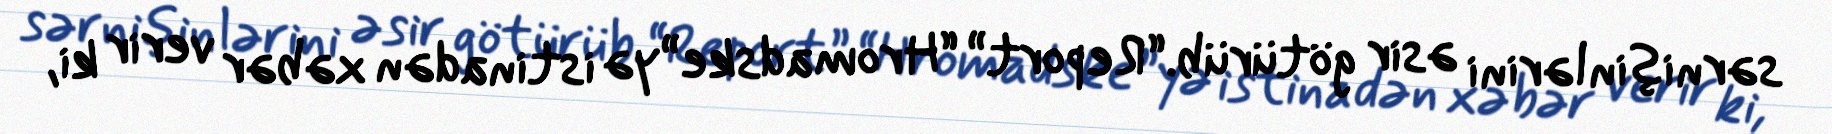
sərnişinlərini əsir götürüb.“Report” “Hromadske”yə istinadən xəbər verir ki,